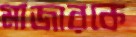
মাজারকে